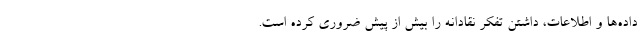
داده‌ها و اطلاعات، داشتن تفکر نقادانه را بیش از پیش ضروری کرده است.